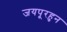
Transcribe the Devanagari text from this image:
जयपूरहुन